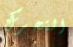
التحرك